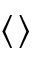
\langle \rangle